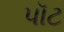
પૉટ